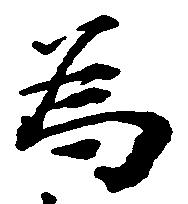
為